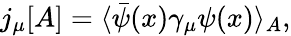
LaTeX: j_{\mu}[A]=\langle\bar{\psi}(x)\gamma_{\mu}\psi(x)\rangle_{A},